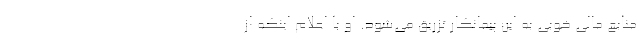
منابع مالی خوبی به این پیمانکار تزریق می‌شود. او با اعلام اینکه از